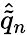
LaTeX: \hat{\tilde{q}}_{n}